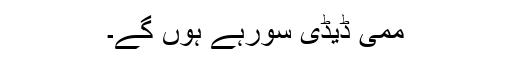
ممی ڈیڈی سورہے ہوں گے۔